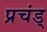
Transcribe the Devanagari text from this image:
प्रचंड्